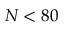
N < 8 0